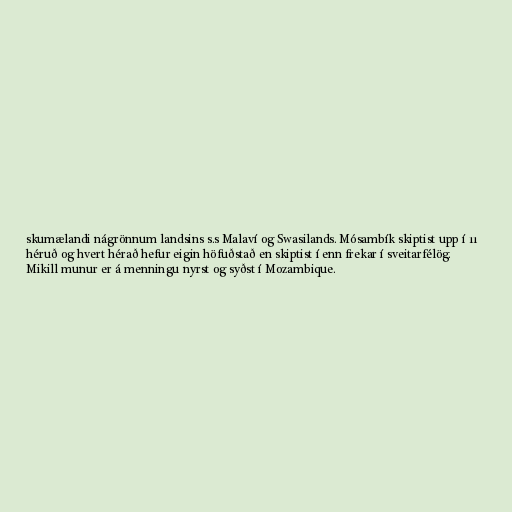
skumælandi nágrönnum landsins s.s Malaví og Swasilands. Mósambík skiptist upp í 11
héruð og hvert hérað hefur eigin höfuðstað en skiptist í enn frekar í sveitarfélög.
Mikill munur er á menningu nyrst og syðst í Mozambique.